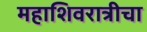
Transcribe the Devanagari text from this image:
महाशिवरात्रीचा